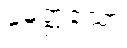
မေတ္တံသော